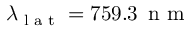
\lambda _ { \textrm { l a t } } = 7 5 9 . 3 \ensuremath { \, \mathrm { ~ n ~ m ~ } }